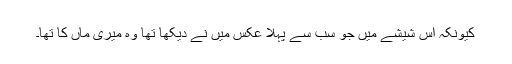
کیونکہ اس شیشے میں جو سب سے پہلا عکس میں نے دیکھا تھا وہ میری ماں کا تھا۔